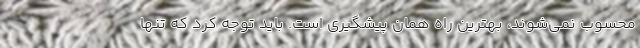
محسوب نمی‌شوند، بهترین راه همان پیشگیری است. باید توجه کرد که تنها